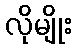
လိုမျိုး